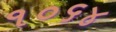
૧૦૬૪